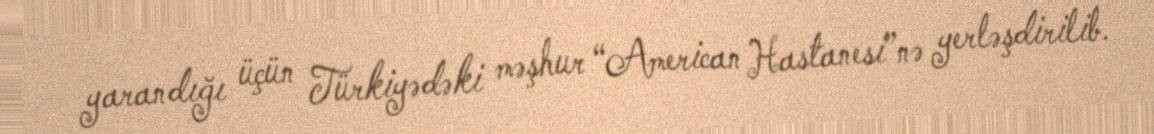
yarandığı üçün Türkiyədəki məşhur “American Hastanesi”nə yerləşdirilib.